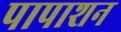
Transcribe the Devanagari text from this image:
पापाशन